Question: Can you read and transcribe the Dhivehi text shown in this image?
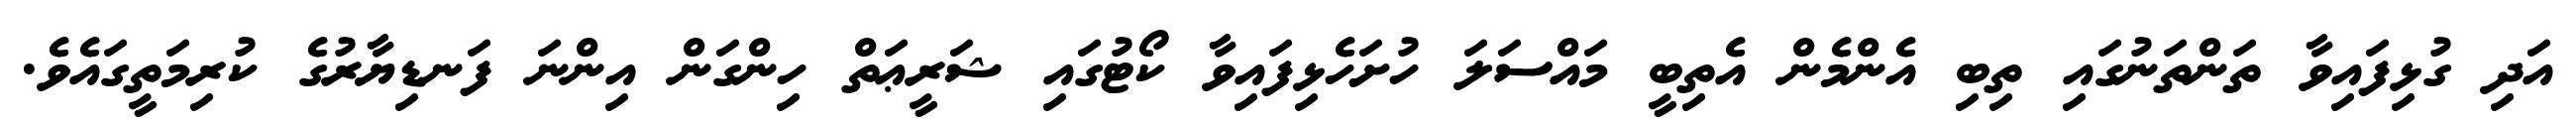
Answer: އަދި ގުޅިފައިވާ ތަންތަނުގައި ތިބި އެންމެން އެތިބީ މައްސަލަ ހުށަހެޅިފައިވާ ކޯޓުގައި ޝަރީޢަތް ހިންގަން އިންނަ ފަނޑިޔާރުގެ ކުރިމަތީގައެވެ.